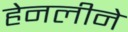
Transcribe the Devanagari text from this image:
हेनलीने